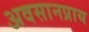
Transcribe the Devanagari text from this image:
अवसानप्राय